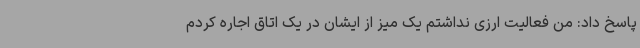
پاسخ داد: من فعالیت ارزی نداشتم یک میز از ایشان در یک اتاق اجاره کردم